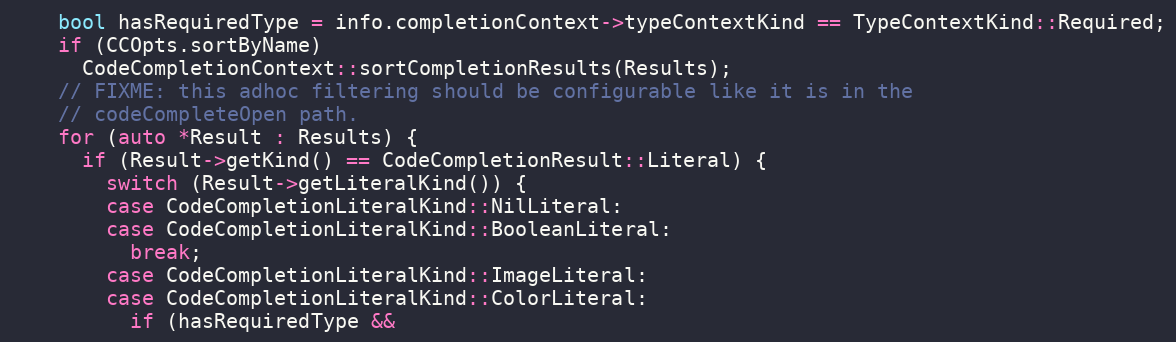
Language: C++
    bool hasRequiredType = info.completionContext->typeContextKind == TypeContextKind::Required;
    if (CCOpts.sortByName)
      CodeCompletionContext::sortCompletionResults(Results);
    // FIXME: this adhoc filtering should be configurable like it is in the
    // codeCompleteOpen path.
    for (auto *Result : Results) {
      if (Result->getKind() == CodeCompletionResult::Literal) {
        switch (Result->getLiteralKind()) {
        case CodeCompletionLiteralKind::NilLiteral:
        case CodeCompletionLiteralKind::BooleanLiteral:
          break;
        case CodeCompletionLiteralKind::ImageLiteral:
        case CodeCompletionLiteralKind::ColorLiteral:
          if (hasRequiredType &&